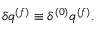
\delta q ^ { ( f ) } \equiv \delta ^ { ( 0 ) } q ^ { ( f ) } .